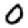
Digit: 0